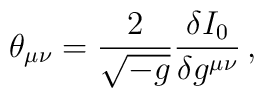
\theta_{\mu \nu} = \frac{2}{\sqrt{-g}} \frac{\delta I_0}{\delta g^{\mu \nu}}\,,